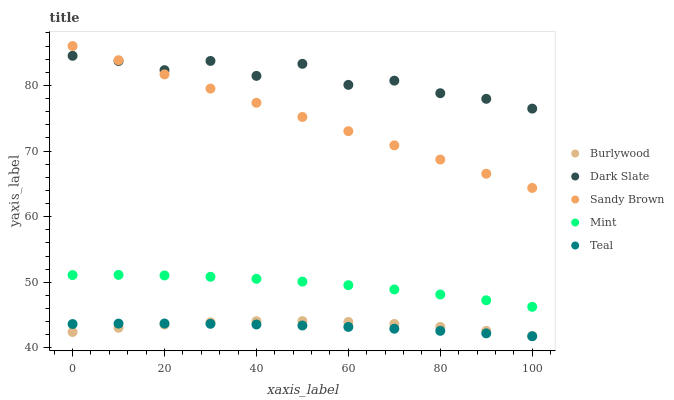
| xaxis_label | Burlywood | Dark Slate | Sandy Brown | Mint | Teal |
 | --- | --- | --- | --- | --- | --- |
 | 0 | 42.4 | 84.5 | 86 | 51.1 | 43.6 |
 | 10 | 43.1 | 83.7 | 83.8 | 51.1 | 43.7 |
 | 20 | 43.6 | 82.3 | 81.7 | 51 | 43.7 |
 | 30 | 43.9 | 83.7 | 79.5 | 50.8 | 43.7 |
 | 40 | 44.1 | 81.4 | 77.4 | 50.5 | 43.6 |
 | 50 | 44.1 | 83.3 | 75.2 | 50.1 | 43.4 |
 | 60 | 44 | 80.1 | 73 | 49.6 | 43.2 |
 | 70 | 43.7 | 80.7 | 70.9 | 48.9 | 42.9 |
 | 80 | 43.2 | 78.8 | 68.7 | 48.1 | 42.6 |
 | 90 | 42.6 | 78 | 66.5 | 47.3 | 42.2 |
 | 100 | 41.8 | 76.5 | 64.4 | 46.3 | 41.8 |